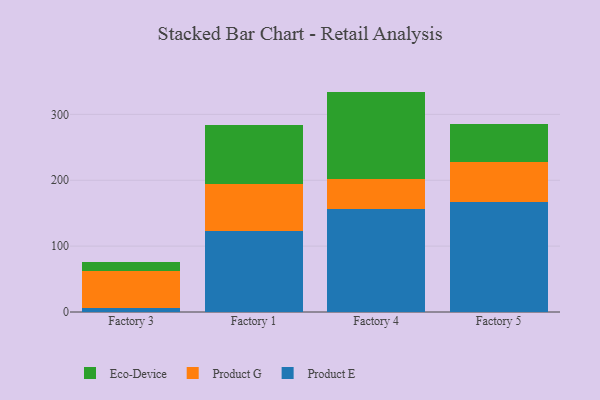
{"axis": {"x": "Factory", "y": "Energy Usage (MWh)"}, "legend": ["Eco-Device", "Product E", "Product G"], "data": [{"x": "Factory 3", "y": 5.4, "type": "Product E"}, {"x": "Factory 3", "y": 57.0, "type": "Product G"}, {"x": "Factory 3", "y": 14.0, "type": "Eco-Device"}, {"x": "Factory 1", "y": 122.6, "type": "Product E"}, {"x": "Factory 1", "y": 72.4, "type": "Product G"}, {"x": "Factory 1", "y": 88.9, "type": "Eco-Device"}, {"x": "Factory 4", "y": 156.3, "type": "Product E"}, {"x": "Factory 4", "y": 46.2, "type": "Product G"}, {"x": "Factory 4", "y": 132.1, "type": "Eco-Device"}, {"x": "Factory 5", "y": 167.3, "type": "Product E"}, {"x": "Factory 5", "y": 60.7, "type": "Product G"}, {"x": "Factory 5", "y": 57.3, "type": "Eco-Device"}]}